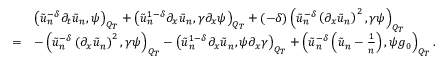
\begin{array} { r l } & { \left( \tilde { u } _ { n } ^ { - \delta } \partial _ { t } \tilde { u } _ { n } , \psi \right) _ { Q _ { T } } + \left( \tilde { u } _ { n } ^ { 1 - \delta } \partial _ { x } \tilde { u } _ { n } , \gamma \partial _ { x } \psi \right) _ { Q _ { T } } + ( - \delta ) \left( \tilde { u } _ { n } ^ { - \delta } \left( \partial _ { x } \tilde { u } _ { n } \right) ^ { 2 } , \gamma \psi \right) _ { Q _ { T } } } \\ { = } & { - \left( \tilde { u } _ { n } ^ { - \delta } \left( \partial _ { x } \tilde { u } _ { n } \right) ^ { 2 } , \gamma \psi \right) _ { Q _ { T } } - \left( \tilde { u } _ { n } ^ { 1 - \delta } \partial _ { x } \tilde { u } _ { n } , \psi \partial _ { x } \gamma \right) _ { Q _ { T } } + \left( \tilde { u } _ { n } ^ { - \delta } \left( \tilde { u } _ { n } - \frac { 1 } { n } \right) , \psi g _ { 0 } \right) _ { Q _ { T } } . } \end{array}